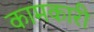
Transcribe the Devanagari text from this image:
कामकारी